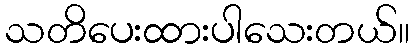
သတိပေးထားပါသေးတယ်။